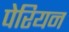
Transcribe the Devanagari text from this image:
पेरियन